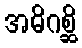
အဓိဂစ္ဆိ